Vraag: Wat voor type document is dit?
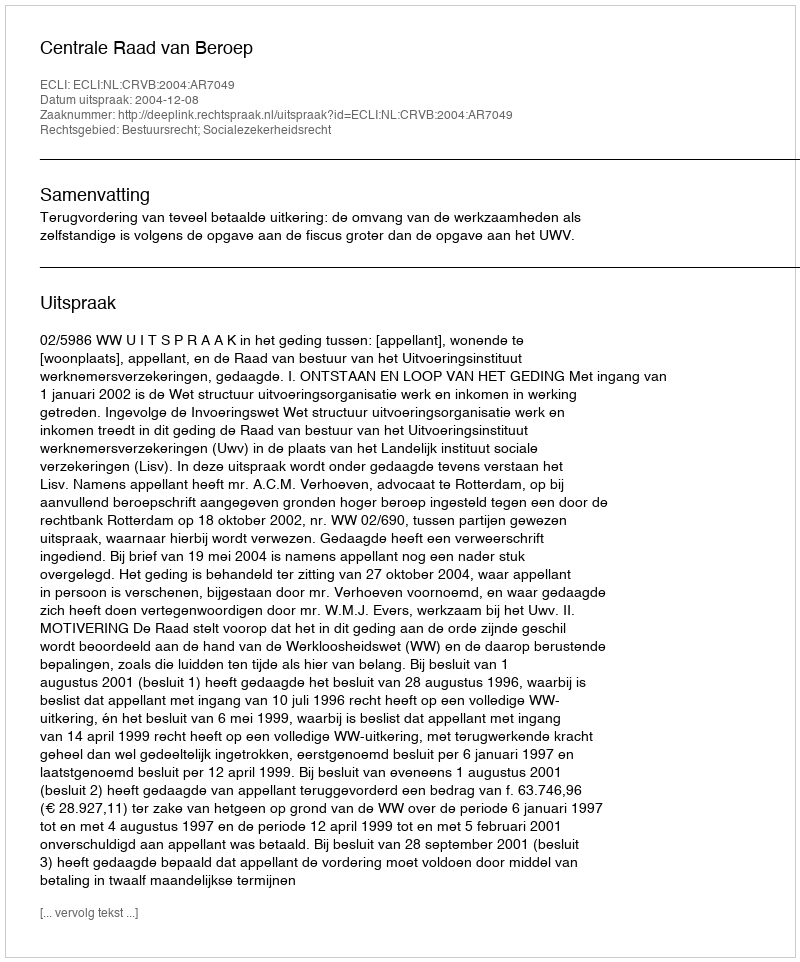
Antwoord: Uitspraak